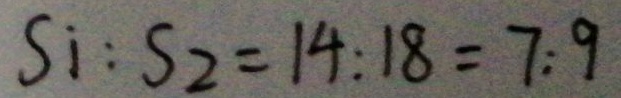
S _ { i } : S _ { 2 } = 1 4 : 1 8 = 7 : 9